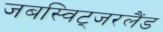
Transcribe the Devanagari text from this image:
जबस्विट्जरलैंड